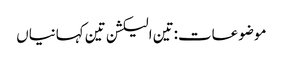
موضوعات:تین الیکشن تین کہانیاں